Vaccine operations Central Provinces 1900-1911 - 1900-1911
Year: 1900
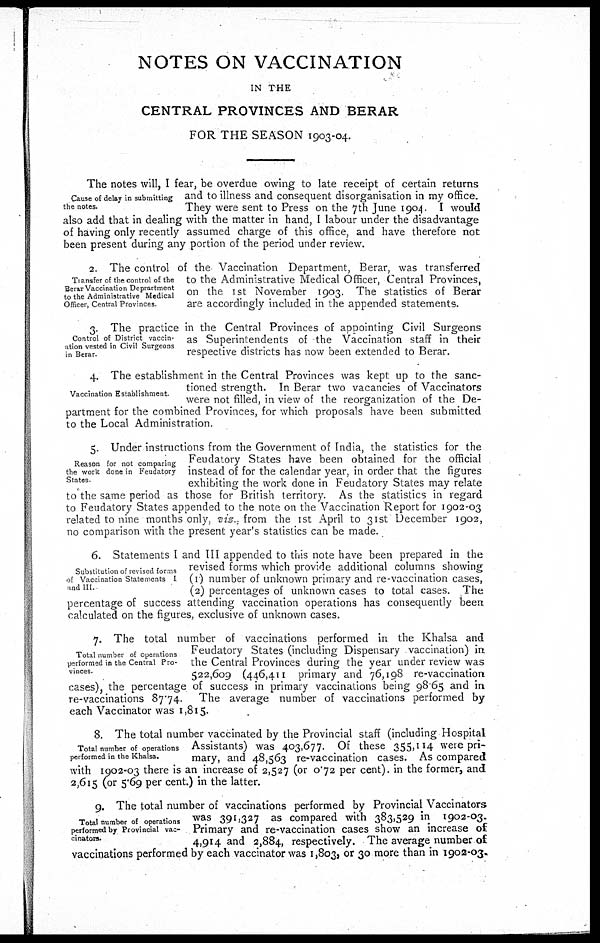
NOTES ON VACCINATION
IN THE
CENTRAL PROVINCES AND BERAR
FOR THE SEASON 1903-04.
Cause of delay in submitting
the notes.
The notes will, I fear, be overdue owing to late receipt of certain returns
and to illness and consequent disorganisation in my office.
They were sent to Press on the 7th June 1904. I would
also add that in dealing with the matter in hand, I labour under the disadvantage
of having only recently assumed charge of this office, and have therefore not
been present during any portion of the period under review.
Transfer of the control of the
Berar Vaccination Deprartment
to the Administrative Medical
Officer, Central Provinces.
2. The control of the Vaccination Department, Berar, was transferred
to the Administrative Medical Officer, Central Provinces,
on the 1st November 1903. The statistics of Berar
are accordingly included in the appended statements.
Control of District vaccin-
ation vested in Civil Surgeons
in Berar.
3. The practice in the Central Provinces of appointing Civil Surgeons
as Superintendents of the Vaccination staff in their
respective districts has now been extended to Berar.
Vaccination Establishment
4. The establishment in the Central Provinces was kept up to the sanc-
tioned strength. In Berar two vacancies of Vaccinators
were not filled, in view of the reorganization of the De-
partment for the combined Provinces, for which proposals have been submitted
to the Local Administration.
Reason for not comparing
the work done in Feudatory
States
5. Under instructions from the Government of India, the statistics for the
Feudatory States have been obtained for the official
instead of for the calendar year, in order that the figures
exhibiting the work done in Feudatory States may relate
to the same period as those for British territory. As the statistics in regard
to Feudatory States appended to the note on the Vaccination Report for 1902-03
related to nine months only, viz., from the 1st April to 31st December 1902,
no comparison with the present year's statistics can be made.
Substitution of revised forms
of Vaccination Statements I
and III.
6. Statements I and III appended to this note have been prepared in the
revised forms which provide additional columns showing
(1) number of unknown primary and re-vaccination cases,
(2) percentages of unknown cases to total cases. The
percentage of success attending vaccination operations has consequently been
calculated on the figures, exclusive of unknown cases.
Total number of operations
performed in the Central Pro-
vinces.
7. The total number of vaccinations performed in the Khalsa and
Feudatory States (including Dispensary vaccination) in
the Central Provinces during the year under review was
522,609 (446,411 primary and 76,198 re-vaccination
cases), the percentage of success in primary vaccinations being 98.65 and in
re-vaccinations 87.74. The average number of vaccinations performed by-
each Vaccinator was 1,815.
Total number of operations
performed in the Khalsa.
8. The total number vaccinated by the Provincial staff (including Hospital
Assistants) was 403,677. Of these 355,114 were pri-
mary, and 48,563 re-vaccination cases. As compared
with 1902-03 there is an increase of 2,527 (or 0.72 per cent). in the former, and
2,615 (or 5.69 per cent.) in the latter.
Total number of operations
performed by Provincial vac-
cinators.
9. The total number of vaccinations performed by Provincial Vaccinators
was 391,327 as compared with 383,529 in 1902-03.
Primary and re-vaccination cases show an increase of
4,914 and 2,884, respectively. The average number of
vaccinations performed by each vaccinator was 1,803, or 30 more than in 1902-03.